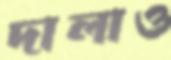
দালাও